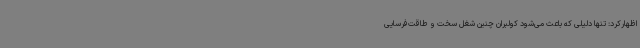
اظهارکرد: تنها دلیلی که باعث می‌شود کولبران چنین شغل سخت و طاقت‌فرسایی